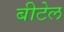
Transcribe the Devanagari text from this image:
बीटेल